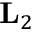
\mathbf { L } _ { 2 }